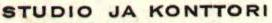
STUDIO JA KONTTORI